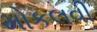
મોકલવી